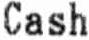
CASH